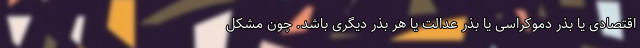
اقتصادی یا بذر دموکراسی یا بذر عدالت یا هر بذر دیگری باشد. چون مشکل